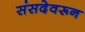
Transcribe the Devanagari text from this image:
संसदेवरून